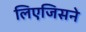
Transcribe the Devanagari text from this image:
लिएजिसने